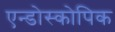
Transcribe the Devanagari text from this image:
एन्डोस्कोपिक